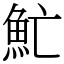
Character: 䰶